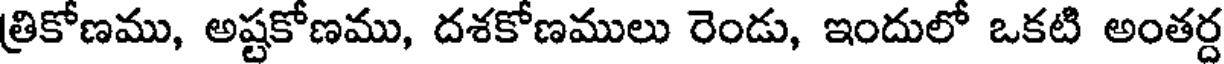
త్రికోణము, అష్టకోణము, దశకోణములు రెండు, ఇందులో ఒకటి అంతర్ద